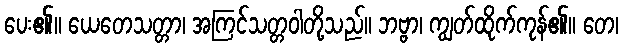
ပေး၏။ ယေတေသတ္တာ၊ အကြင်သတ္တဝါတို့သည်။ ဘဗ္ဗာ၊ ကျွတ်ထိုက်ကုန်၏။ တေ၊